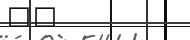
٢١